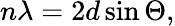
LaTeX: n\lambda=2d\sin\Theta,